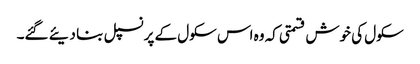
سکول کی خوش قسمتی کہ وہ اس سکول کے پرنسپل بنا دیئے گئے۔